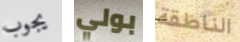
يجوب بولي الناطقة